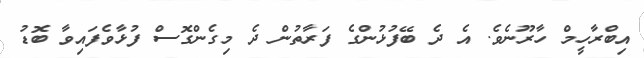
އިބްރާހީމް ހާރޫނެވެ. އެ ދެ ބޭފުޅުންގެ ފަރާތުން ދެ މިގެންގޮސް ފުޅާވެފައިވާ ބޮޑު